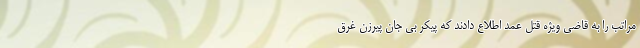
مراتب را به قاضی ویژه قتل عمد اطلاع دادند که پیکر بی جان پیرزن غرق